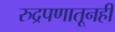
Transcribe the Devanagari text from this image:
रुद्रपणातूनही